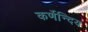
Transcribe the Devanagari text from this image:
कर्णेन्दिय